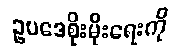
ဥပဒေစိုးမိုးရေးကို